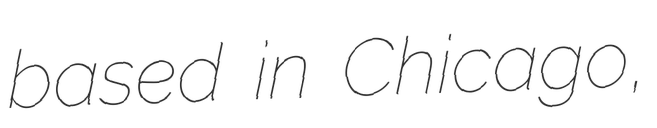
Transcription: based in Chicago,